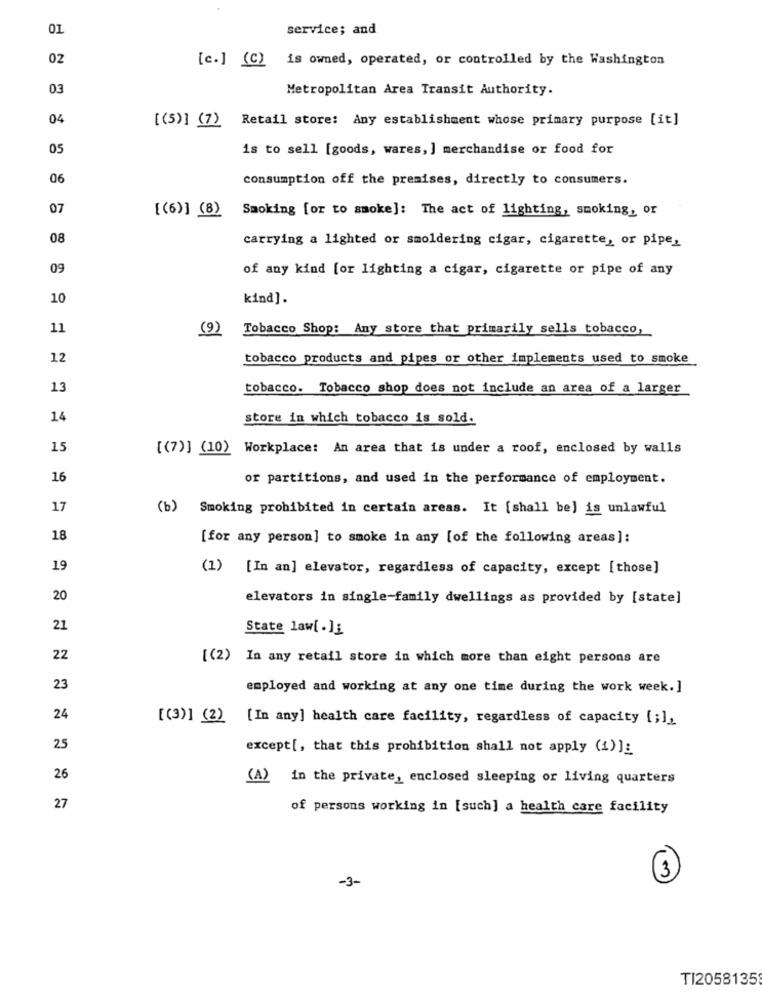
01
service; and
02
[c.] (C)
is owned, operated, or controlled by the Washington
03
Metropolitan Area Transit Authority.
04
Retail store: Any establishment whose primary purpose [it]
[(5)] (7)
05
is to sell [goods, wares, ] merchandise or food for
06
consumption off the premises, directly to consumers.
07
[(6)] (8)
Smoking [or to smoke]: The act of lighting, smoking, or
08
carrying a lighted or smoldering cigar, cigarette, or pipe,
09
of any kind [or lighting a cigar, cigarette or pipe of any
10
kind].
11
(9)
Tobacco Shop: Any store that primarily sells tobacco,
12
tobacco products and pipes or other implements used to smoke
13
tobacco. Tobacco shop does not include an area of a larger
14
store in which tobacco is sold.
15
[(7)] (10) Workplace: An area that is under a roof, enclosed by walls
16
or partitions, and used in the performance of employment.
17
(b)
Smoking prohibited in certain areas. It [shall be) is unlawful
18
[for any person] to smoke in any [of the following areas]:
19
(1) [In an] elevator, regardless of capacity, except [those]
20
elevators in single-family dwellings as provided by [state]
21
State law[ .]}
22
[(2) In any retail store in which more than eight persons are
23
employed and working at any one time during the work week.]
24
[(3)] (2)
[In any] health care facility, regardless of capacity [;],
25
except[, that this prohibition shall not apply (1) ]:
26
(A) in the private, enclosed sleeping or living quarters
27
of persons working in [such] a health care facility
-3-
3
TI2058135